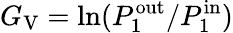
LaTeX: G_{\mathrm{V}}=\mathrm{ln}(P_{1}^{\mathrm{out}}/P_{1}^{\mathrm{in}})